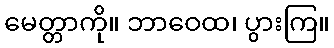
မေတ္တာကို။ ဘာဝေထ၊ ပွားကြ။